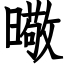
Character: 曔